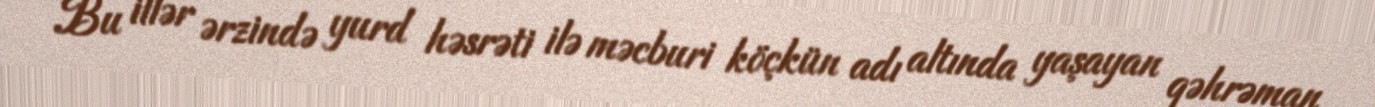
Bu illər ərzində yurd həsrəti ilə məcburi köçkün adı altında yaşayan qəhrəman